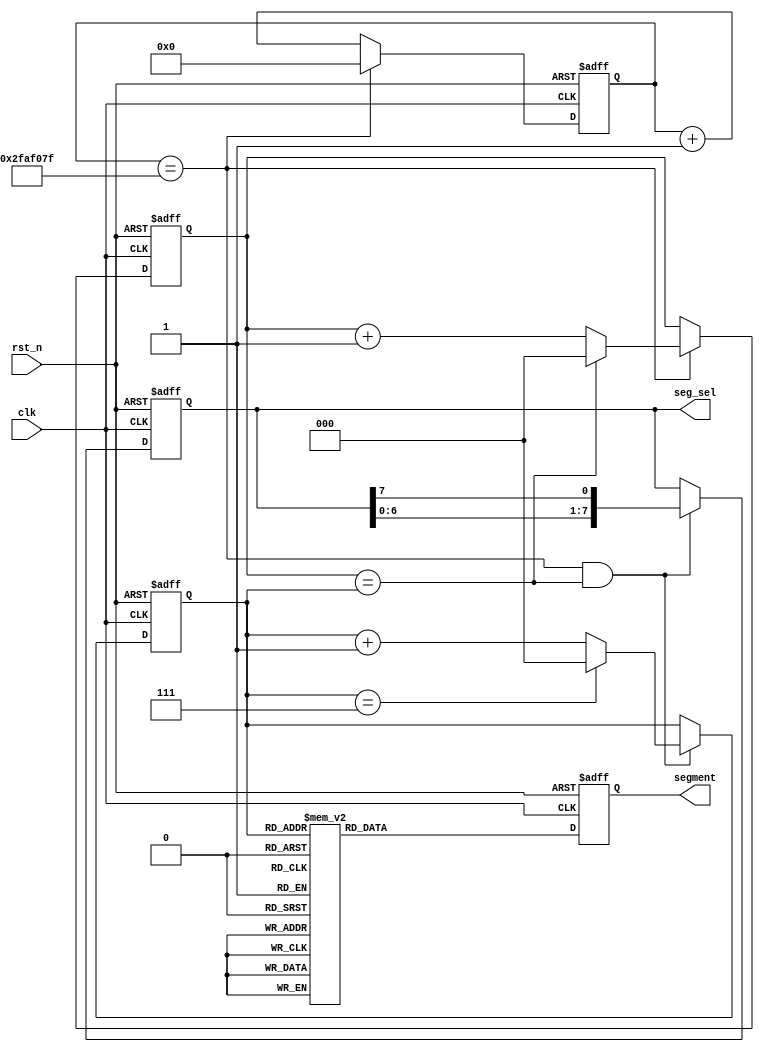
module circleseg(
    clk    ,
    rst_n  ,

    segment,
    seg_sel
    );

    parameter      TIME_1S =  50000000  ;
    
    //segment 0---9
    parameter      DATA0   = 8'B01000000;
    parameter      DATA1   = 8'B01111001;
    parameter      DATA2   = 8'B00100100;
    parameter      DATA3   = 8'B00110000;
    parameter      DATA4   = 8'B00011001;
    parameter      DATA5   = 8'B00010010;
    parameter      DATA6   = 8'B00000010;
    parameter      DATA7   = 8'B01111000;
    parameter      DATA8   = 8'B00000000;
    parameter      DATA9   = 8'B00010000;


    input               clk     ;
    input               rst_n   ;

    output[7:0]         segment ;
    output[7:0]         seg_sel ;

    reg   [7:0]         segment ;
    reg   [7:0]         seg_sel ;

    reg   [25:0]        cnt     ;
    reg   [2:0 ]        cnt_1s  ;

    reg   [2:0]            segindex;

    //count 1s
    always @(posedge clk or negedge rst_n)begin
        if(!rst_n)begin
            cnt <= 0;
        end
        else begin
            if(cnt == TIME_1S-1)
                cnt <= 0;
            else
                cnt <= cnt + 1;
        end
    end
		
    //count 10s
    always @(posedge clk or negedge rst_n)begin
        if(!rst_n)begin
            cnt_1s <= 0;
        end
        else if(cnt == TIME_1S-1)begin
            if(cnt_1s == segindex)
                cnt_1s <= 0;
            else
                cnt_1s <= cnt_1s + 1;
        end
    end    
    

    always  @(posedge clk or negedge rst_n)begin
        if(rst_n==1'b0)begin
            segindex <= 0;
        end
        else if(cnt == TIME_1S-1 && cnt_1s == segindex) begin
            if(segindex == 8-1)
                segindex <= 0;
            else
                segindex <= segindex + 1;
        end
    end

    //choose segment
    always  @(posedge clk or negedge rst_n)begin
        if(rst_n==1'b0)begin
            seg_sel <= 8'hfe;
        end
        else begin
			  if(cnt == TIME_1S-1 && cnt_1s == segindex) 
					seg_sel <= {seg_sel[6:0],seg_sel[7]};
				else
					seg_sel <= seg_sel;
        end
    end	 
	 
	 
/*
    always  @(*)begin
            case(segindex)
                0: seg_sel <= 8'hfe;
                1: seg_sel <= 8'hfd;
                2: seg_sel <= 8'hfb;
                3: seg_sel <= 8'hf7;
                4: seg_sel <= 8'hef;
                5: seg_sel <= 8'hdf;
                6: seg_sel <= 8'hbf;
                7: seg_sel <= 8'h7f;
                default:seg_sel <= 8'hff;
			endcase      
    end
*/
    //give data
    always  @(posedge clk or negedge rst_n)begin
        if(rst_n==1'b0)begin
            segment <= DATA0;
        end
        else begin
            case(segindex)
                0: segment <= DATA0;
                1: segment <= DATA1;
                2: segment <= DATA2;
                3: segment <= DATA3;
                4: segment <= DATA4;
                5: segment <= DATA5;
                6: segment <= DATA6;
                7: segment <= DATA7;
                default:segment <= 8'hff;
			endcase
        end
    end



    endmodule